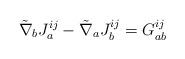
LaTeX: \begin{align*}{\tilde{\nabla}}_{b}J^{ij}_{a}- {\tilde{\nabla}}_{a}J^{ij}_{b}= G_{ab}^{ij}\end{align*}